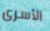
الأسرى